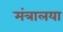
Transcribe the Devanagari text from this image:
मंत्रालया